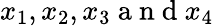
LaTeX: x_{1},x_{2},x_{3}\mathrm{~a~n~d~}x_{4}